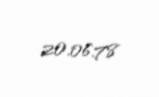
20.06.78